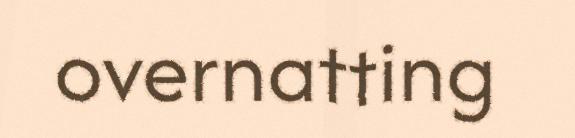
overnatting